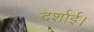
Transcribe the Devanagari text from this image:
दर्शाई।